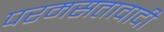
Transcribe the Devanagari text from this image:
परमसत्तावादी